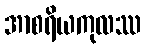
အာစရိယကုလဿ